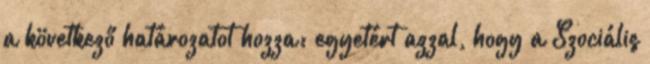
a következő határozatot hozza: egyetért azzal, hogy a Szociális